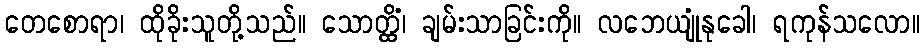
တေစောရာ၊ ထိုခိုးသူတို့သည်။ သောတ္ထိံ၊ ချမ်းသာခြင်းကို။ လဘေယျုံနုခေါ၊ ရကုန်သလော။